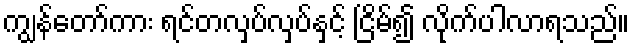
ကျွန်တော်ကား ရင်တလှပ်လှပ်နှင့် ငြိမ်၍ လိုက်ပါလာရသည်။